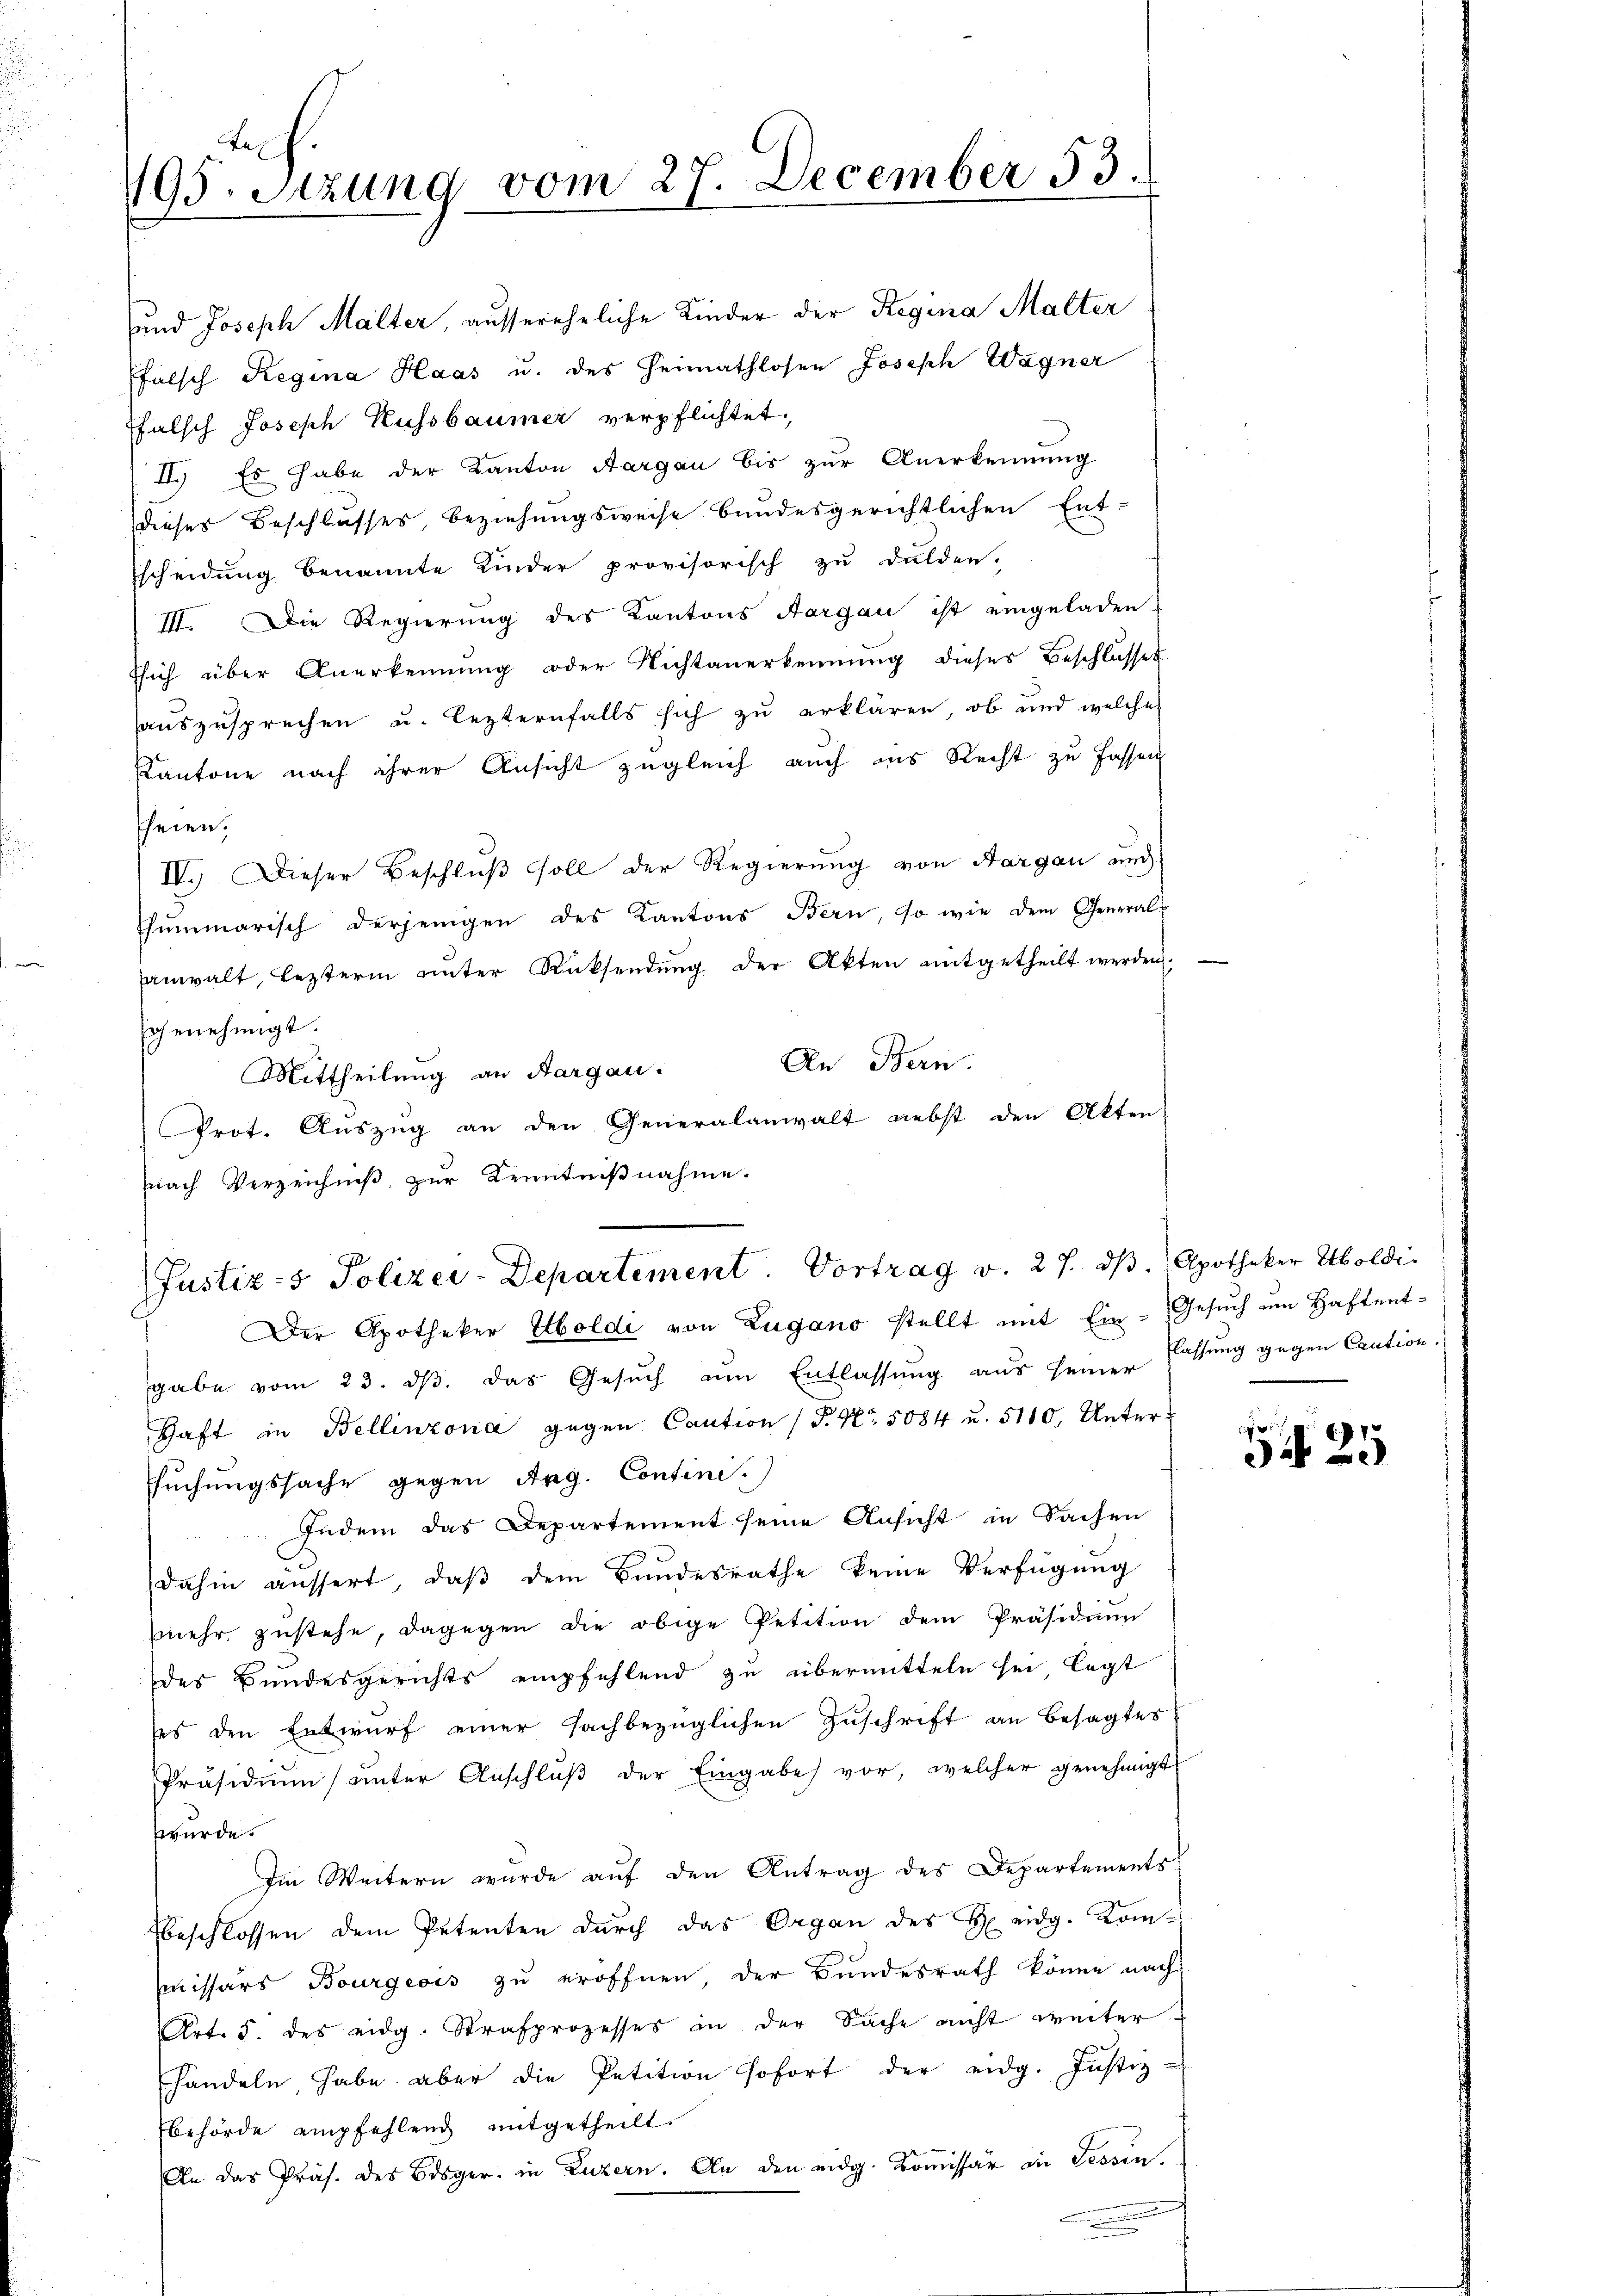
195. Sitzung vom 27. December 53.

und Joseph Malter, aussereheliche Kinder der Regina Malter
Pfalsch Regina Haas u. des Heimathlosen Joseph Wagner
ffalsch Joseph Kussbaumer verpflichtet,
II. Es habe der Kanton Aargau bis zur Anerkennung
dieses Beschlusses, beziehungsweise bundesgerichtlichen Entscheidung benannte Kinder provisorisch zu dulden.
III. Die Regierung des Kantons Aargau ist eingeladen,
tsich über Anerkennung oder Nichtanerkennung dieses Beschlusses
auszusprechen u. lezternfalls sich zu erklären, ob und welcher
Kantone nach ihrer Ansicht zugleich auch ins Recht zu fassen
heien.
IV.) Dieser Beschluß soll der Regierung von Aargau und
summarisch derjenigen des Kantons Bern, so wie dem General-
anwalt, lezterm unter Rücksendŭng der Akten mitgetheilt werden,
schenehmigt.
An Bern.
Mittheilung an Aargau.
Prot. Auszug an den Generalanwalt nebst den Akten
nach Verzeichniß zur Kenntnißnahme.

Justiz- & Polizei-Departement. Vortrag v. 27. dβ. Apotheker Aboldi

Der Apotheker Holdi von Zugano stellt mit Ein- Gesuch um Haftentgabe vom 23. dβ. das Gesuch am Entlassung aus seiner Fassung gegen Caution.
Haft in Bellinzona gegen Caution (P. Nr. 5084 u. 5110, Untersuchungssache gegen Arg. Contini.)
Indem das Departement seine Ansicht in Sachen
dahin aussert, daβ dem Bundesrathe keine Verfügung
mehr zustehe, dagegen die obige Petition dem Präsidium
des Bundesgerichts empfehlend zu übermitteln sei, legt
ses den Entwurf einer fachbezüglichen Zuschrift an besagtes
Präsidiŭm ŭnter Anschlŭβ der Eingabe vor, welcher genehmigt
wurde.
Im Weitern wurde aŭf den Antrag des Departements
beschlossen dem Petenten durch das Organ des H eidg. Kom-
missärs Bourgeois zu eröffnen, der Bundesrath könne nach
Art. 5. des eidg. Strafprozesses in der Sache nicht weiter
handeln, habe aber die Petition sofort der eidg. Justiz-
behörde empfehlend mitgetheilt.
An das Präs. des Bisger. in Luzern. An den eidg. Koṁissär in Tessin.
a

c